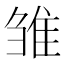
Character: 雏